65_HS1-834228961_62-HQ-83894_Section_2
Agency: FBI
Page 184
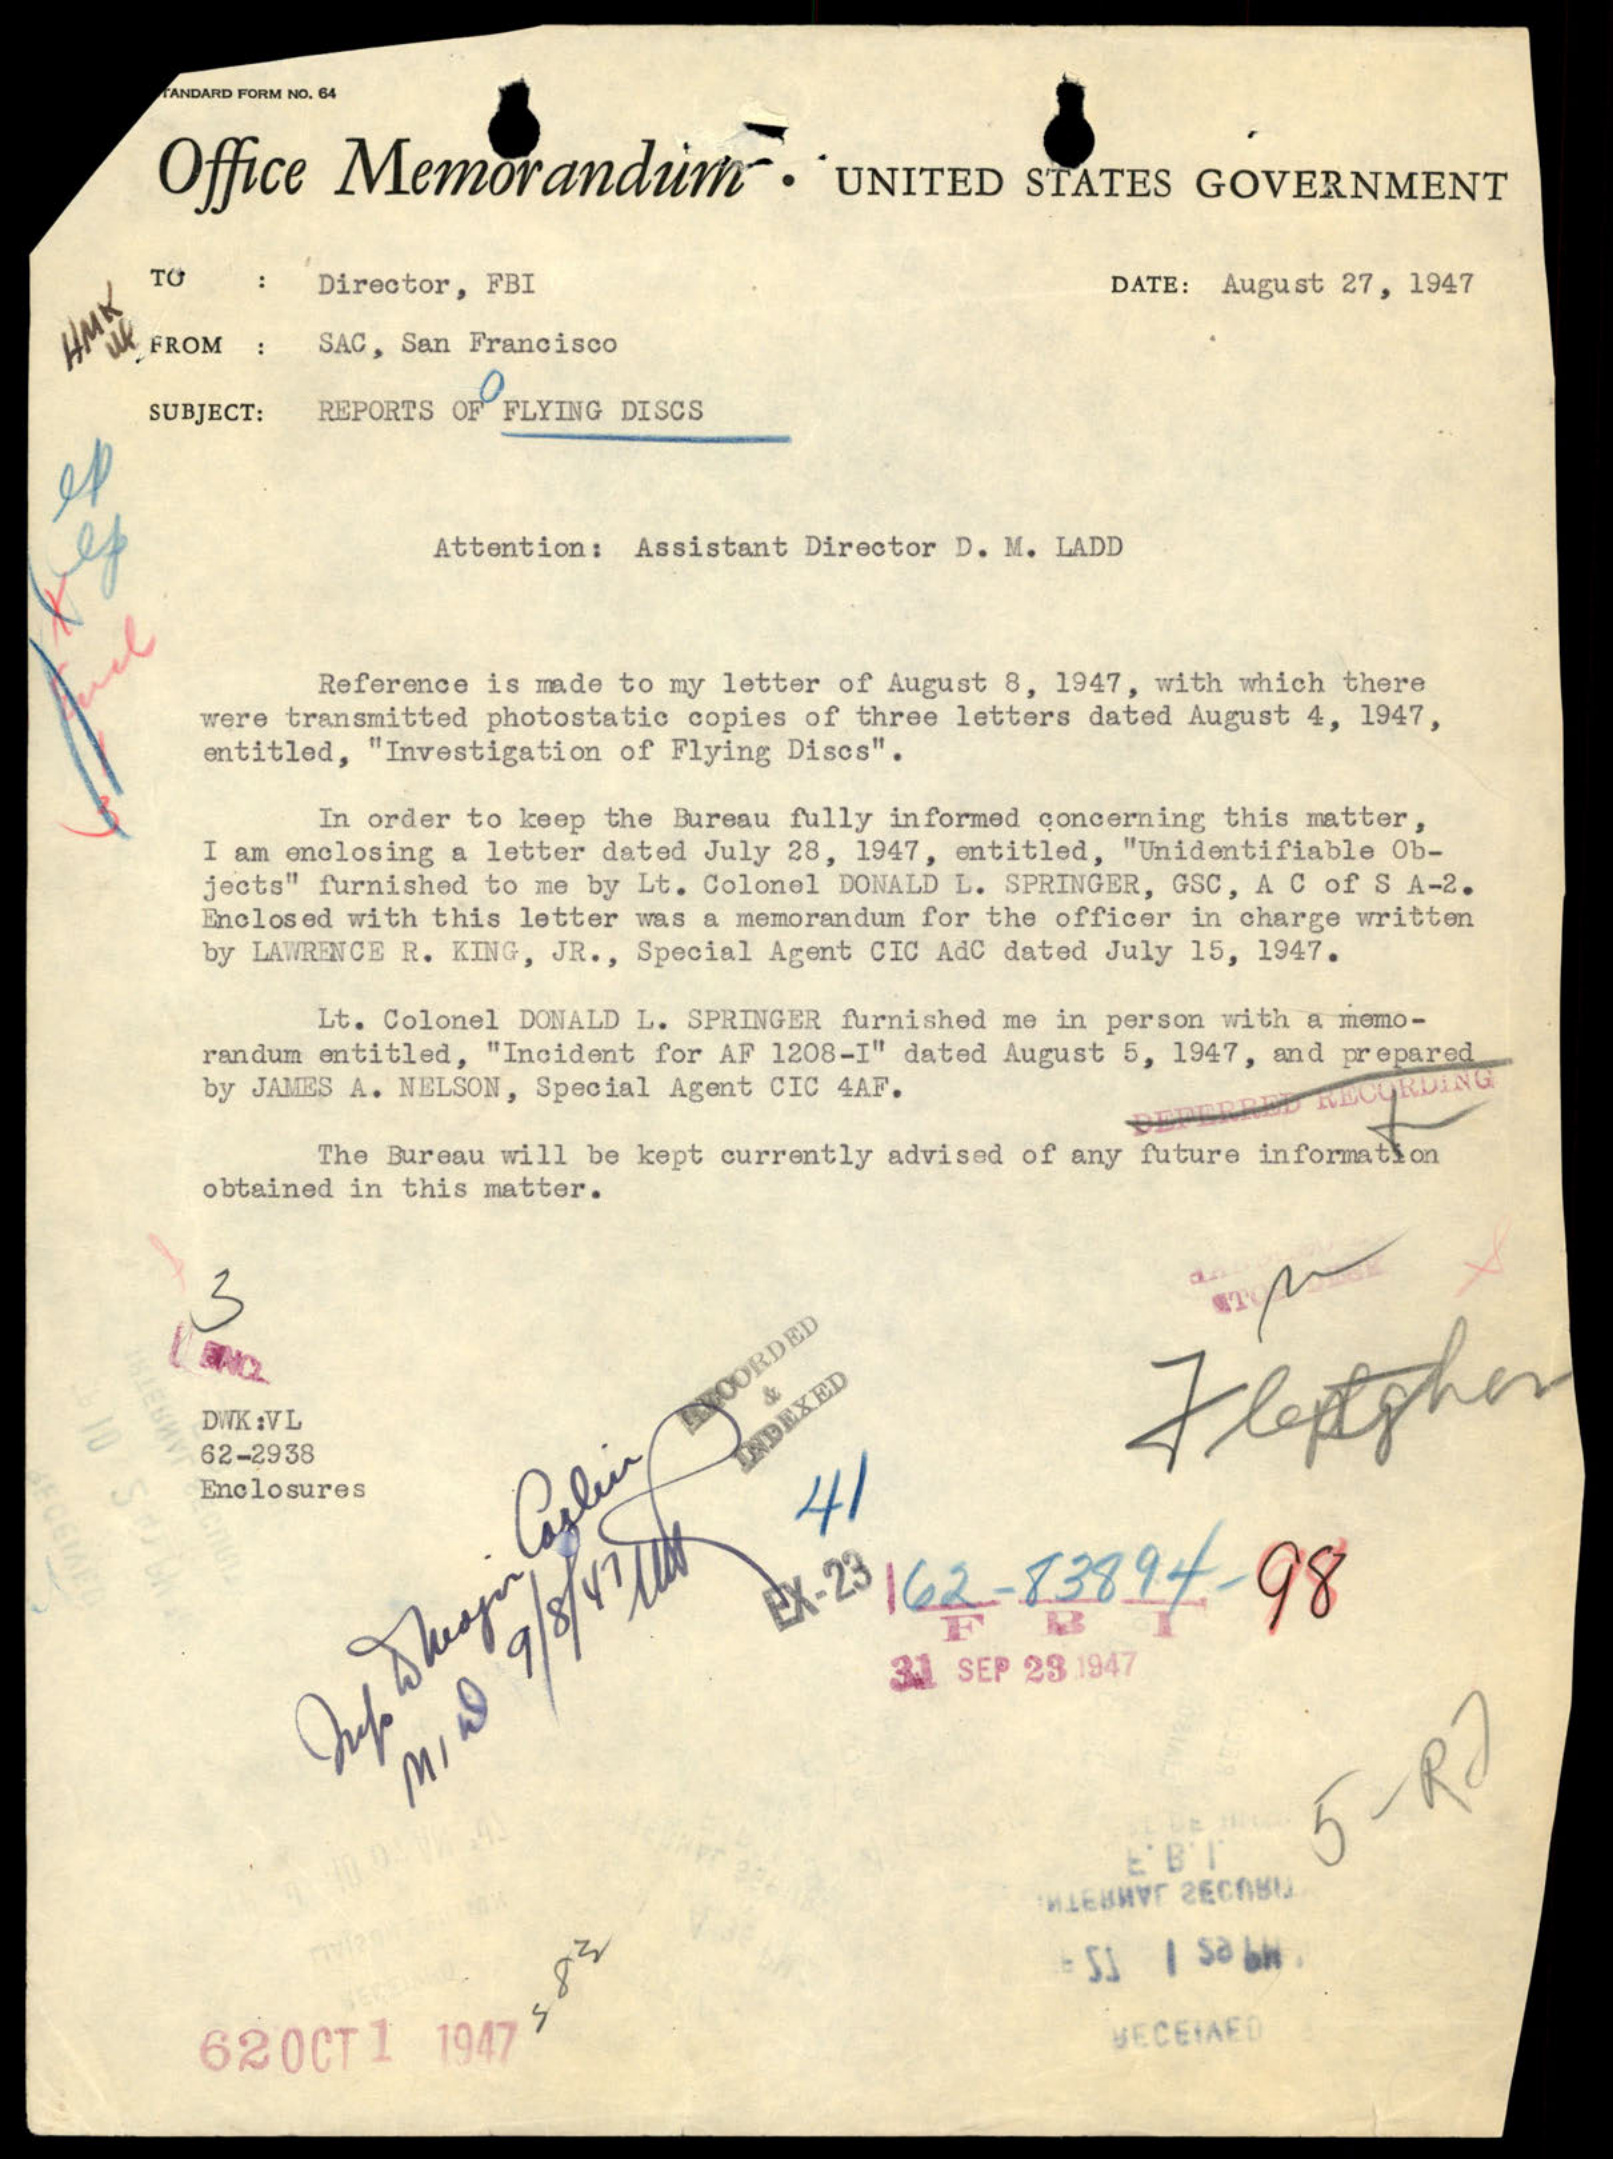